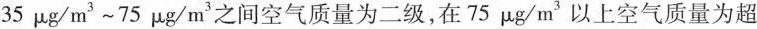
35μg/m^{ 3 } ~ 75μg/m^{ 3 }之间空气质量为二级，在75μg/m^{ 3 }以上空气质量为超